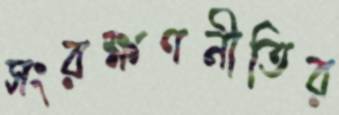
সংরক্ষণনীতির